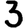
Digit: 3